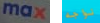
max نواجه